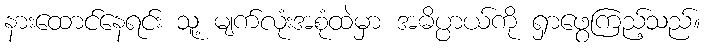
နားထောင်နေရင်း သူ့ မျက်လုံးအစုံထဲမှာ အဓိပ္ပာယ်ကို ရှာဖွေကြည့်သည်။